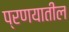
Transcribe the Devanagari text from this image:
प्रणयातील